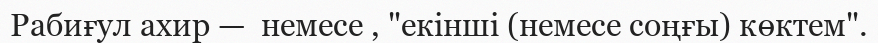
Рабиғул ахир —  немесе , "екінші (немесе соңғы) көктем".